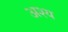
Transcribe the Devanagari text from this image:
अश्य